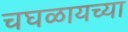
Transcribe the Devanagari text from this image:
चघळायच्या